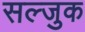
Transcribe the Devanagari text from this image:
सल्जुक